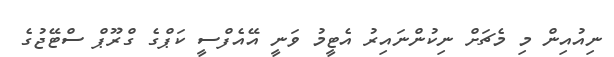
ނިއުއިން މި މެޗަށް ނިކުންނައިރު އެޓީމު ވަނީ އޭއެފްސީ ކަޕްގެ ގްރޫޕް ސްޓޭޖުގެ